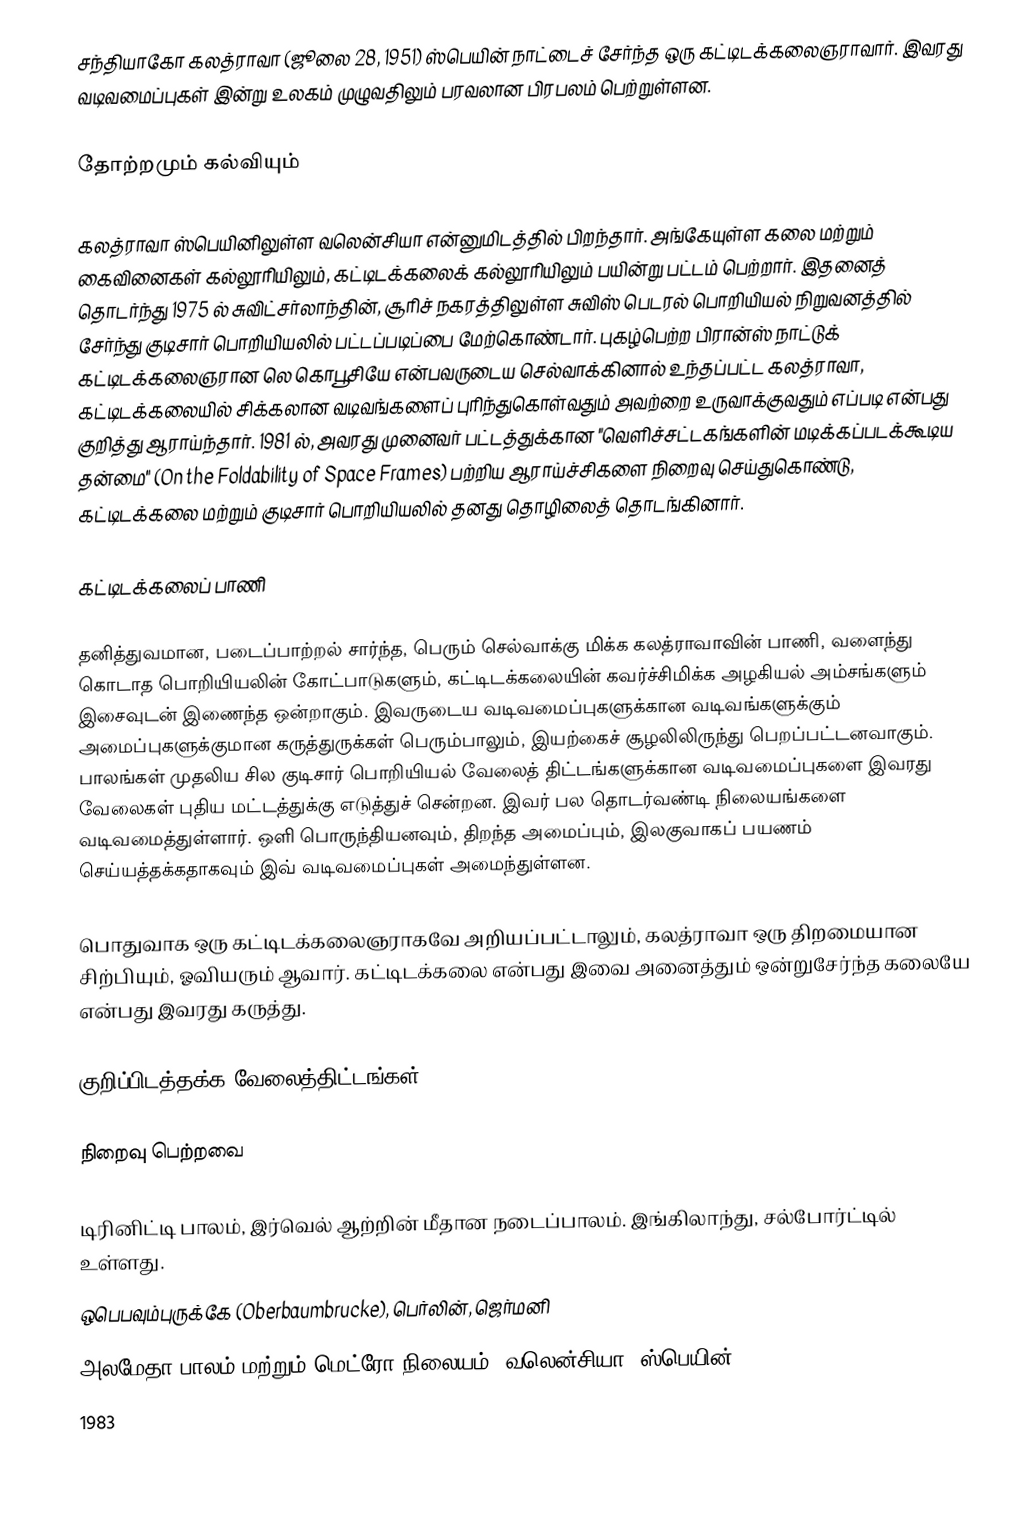
சந்தியாகோ கலத்ராவா (ஜூலை 28, 1951) ஸ்பெயின் நாட்டைச் சேர்ந்த ஒரு கட்டிடக்கலைஞராவார். இவரது வடிவமைப்புகள் இன்று உலகம் முழுவதிலும் பரவலான பிரபலம் பெற்றுள்ளன.

தோற்றமும் கல்வியும்

கலத்ராவா ஸ்பெயினிலுள்ள வலென்சியா என்னுமிடத்தில் பிறந்தார். அங்கேயுள்ள கலை மற்றும் கைவினைகள் கல்லூரியிலும், கட்டிடக்கலைக் கல்லூரியிலும் பயின்று பட்டம் பெற்றார். இதனைத் தொடர்ந்து 1975 ல் சுவிட்சர்லாந்தின், சூரிச் நகரத்திலுள்ள சுவிஸ் பெடரல் பொறியியல் நிறுவனத்தில் சேர்ந்து குடிசார் பொறியியலில் பட்டப்படிப்பை மேற்கொண்டார். புகழ்பெற்ற பிரான்ஸ் நாட்டுக் கட்டிடக்கலைஞரான லெ கொபூசியே என்பவருடைய செல்வாக்கினால் உந்தப்பட்ட கலத்ராவா, கட்டிடக்கலையில் சிக்கலான வடிவங்களைப் புரிந்துகொள்வதும் அவற்றை உருவாக்குவதும் எப்படி என்பது குறித்து ஆராய்ந்தார். 1981 ல், அவரது முனைவர் பட்டத்துக்கான "வெளிச்சட்டகங்களின் மடிக்கப்படக்கூடிய தன்மை" (On the Foldability of Space Frames) பற்றிய ஆராய்ச்சிகளை நிறைவு செய்துகொண்டு, கட்டிடக்கலை மற்றும் குடிசார் பொறியியலில் தனது தொழிலைத் தொடங்கினார்.

கட்டிடக்கலைப் பாணி

தனித்துவமான, படைப்பாற்றல் சார்ந்த, பெரும் செல்வாக்கு மிக்க கலத்ராவாவின் பாணி, வளைந்து கொடாத பொறியியலின் கோட்பாடுகளும், கட்டிடக்கலையின் கவர்ச்சிமிக்க அழகியல் அம்சங்களும் இசைவுடன் இணைந்த ஒன்றாகும். இவருடைய வடிவமைப்புகளுக்கான வடிவங்களுக்கும் அமைப்புகளுக்குமான கருத்துருக்கள் பெரும்பாலும், இயற்கைச் சூழலிலிருந்து பெறப்பட்டனவாகும். பாலங்கள் முதலிய சில குடிசார் பொறியியல் வேலைத் திட்டங்களுக்கான வடிவமைப்புகளை இவரது வேலைகள் புதிய மட்டத்துக்கு எடுத்துச் சென்றன. இவர் பல தொடர்வண்டி நிலையங்களை வடிவமைத்துள்ளார். ஒளி பொருந்தியனவும், திறந்த அமைப்பும், இலகுவாகப் பயணம் செய்யத்தக்கதாகவும் இவ் வடிவமைப்புகள் அமைந்துள்ளன.

பொதுவாக ஒரு கட்டிடக்கலைஞராகவே அறியப்பட்டாலும், கலத்ராவா ஒரு திறமையான சிற்பியும், ஓவியரும் ஆவார். கட்டிடக்கலை என்பது இவை அனைத்தும் ஒன்றுசேர்ந்த கலையே என்பது இவரது கருத்து.

குறிப்பிடத்தக்க வேலைத்திட்டங்கள்

நிறைவு பெற்றவை

 டிரினிட்டி பாலம், இர்வெல் ஆற்றின் மீதான நடைப்பாலம். இங்கிலாந்து, சல்போர்ட்டில் உள்ளது.
 ஒபெபவும்புருக்கே (Oberbaumbrucke), பெர்லின், ஜெர்மனி
 அலமேதா பாலம் மற்றும் மெட்ரோ நிலையம், வலென்சியா, ஸ்பெயின்
 1983